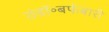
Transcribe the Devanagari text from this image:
ठंडॉ॰बर्फबारी